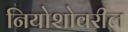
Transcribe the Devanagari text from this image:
नियोशोवरील